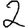
Digit: 2